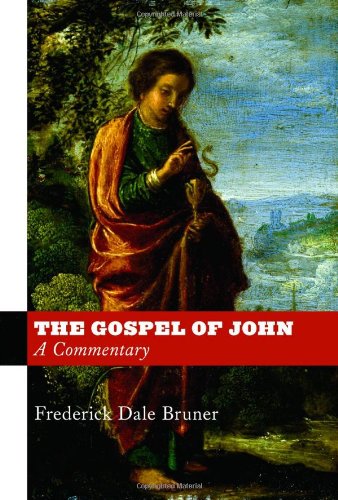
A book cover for The Gospel of John: A Commentary; Frederick Dale Bruner; Christian Books & Bibles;